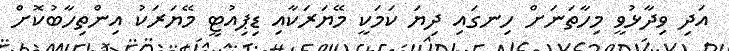
އަދި ވިދާޅުވީ މިހާތަނަށް ހިނގައި ދިޔަ ކަމަކީ މޭޔަރަކާއި ޑިޕިއުޓީ މޭޔަރަކު އިންތިހާބުކޮށް